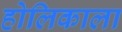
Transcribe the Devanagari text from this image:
होलिकाला